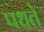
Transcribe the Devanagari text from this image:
पधते